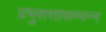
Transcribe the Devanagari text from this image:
प्रभुसत्तासम्पन्न